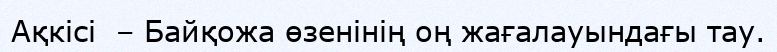
Ақкісі  – Байқожа өзенінің оң жағалауындағы тау.